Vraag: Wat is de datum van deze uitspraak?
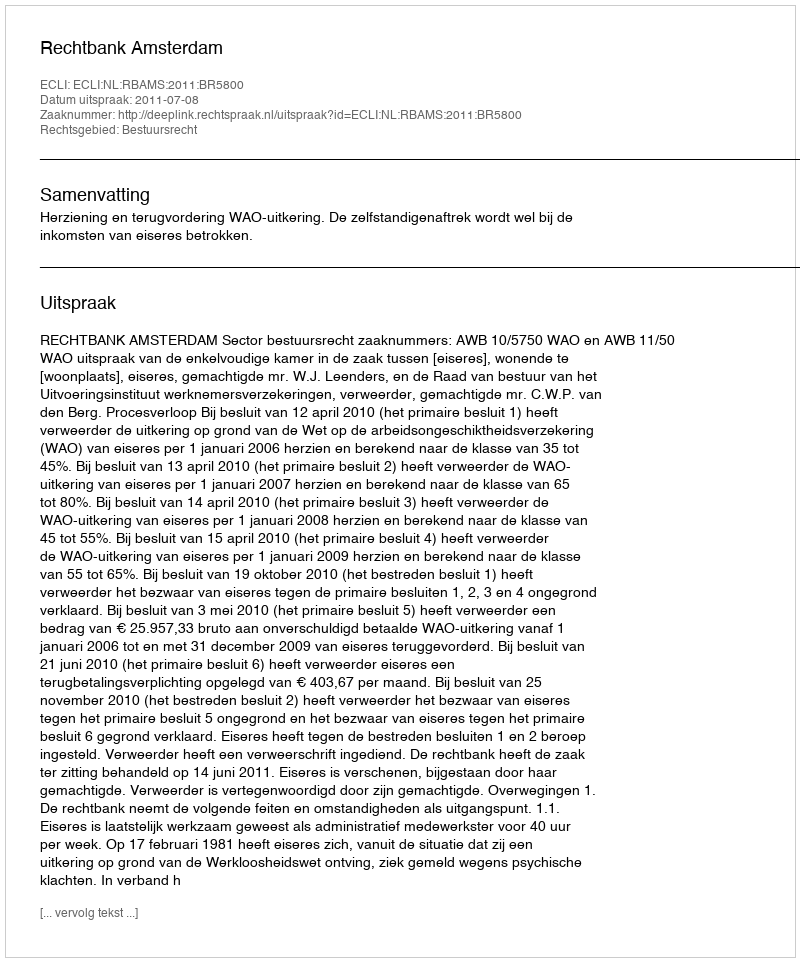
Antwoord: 2011-07-08